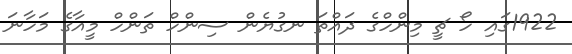
1922ގައި ހޯ ޗީ މިންހްގެ ދައްތަ ނގުޔެން ސިންހް ތަންހް މީއާގެ މަހާނަ